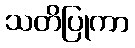
သတိပြုကာ